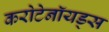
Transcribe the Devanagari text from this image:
करोटेनॉयड्स